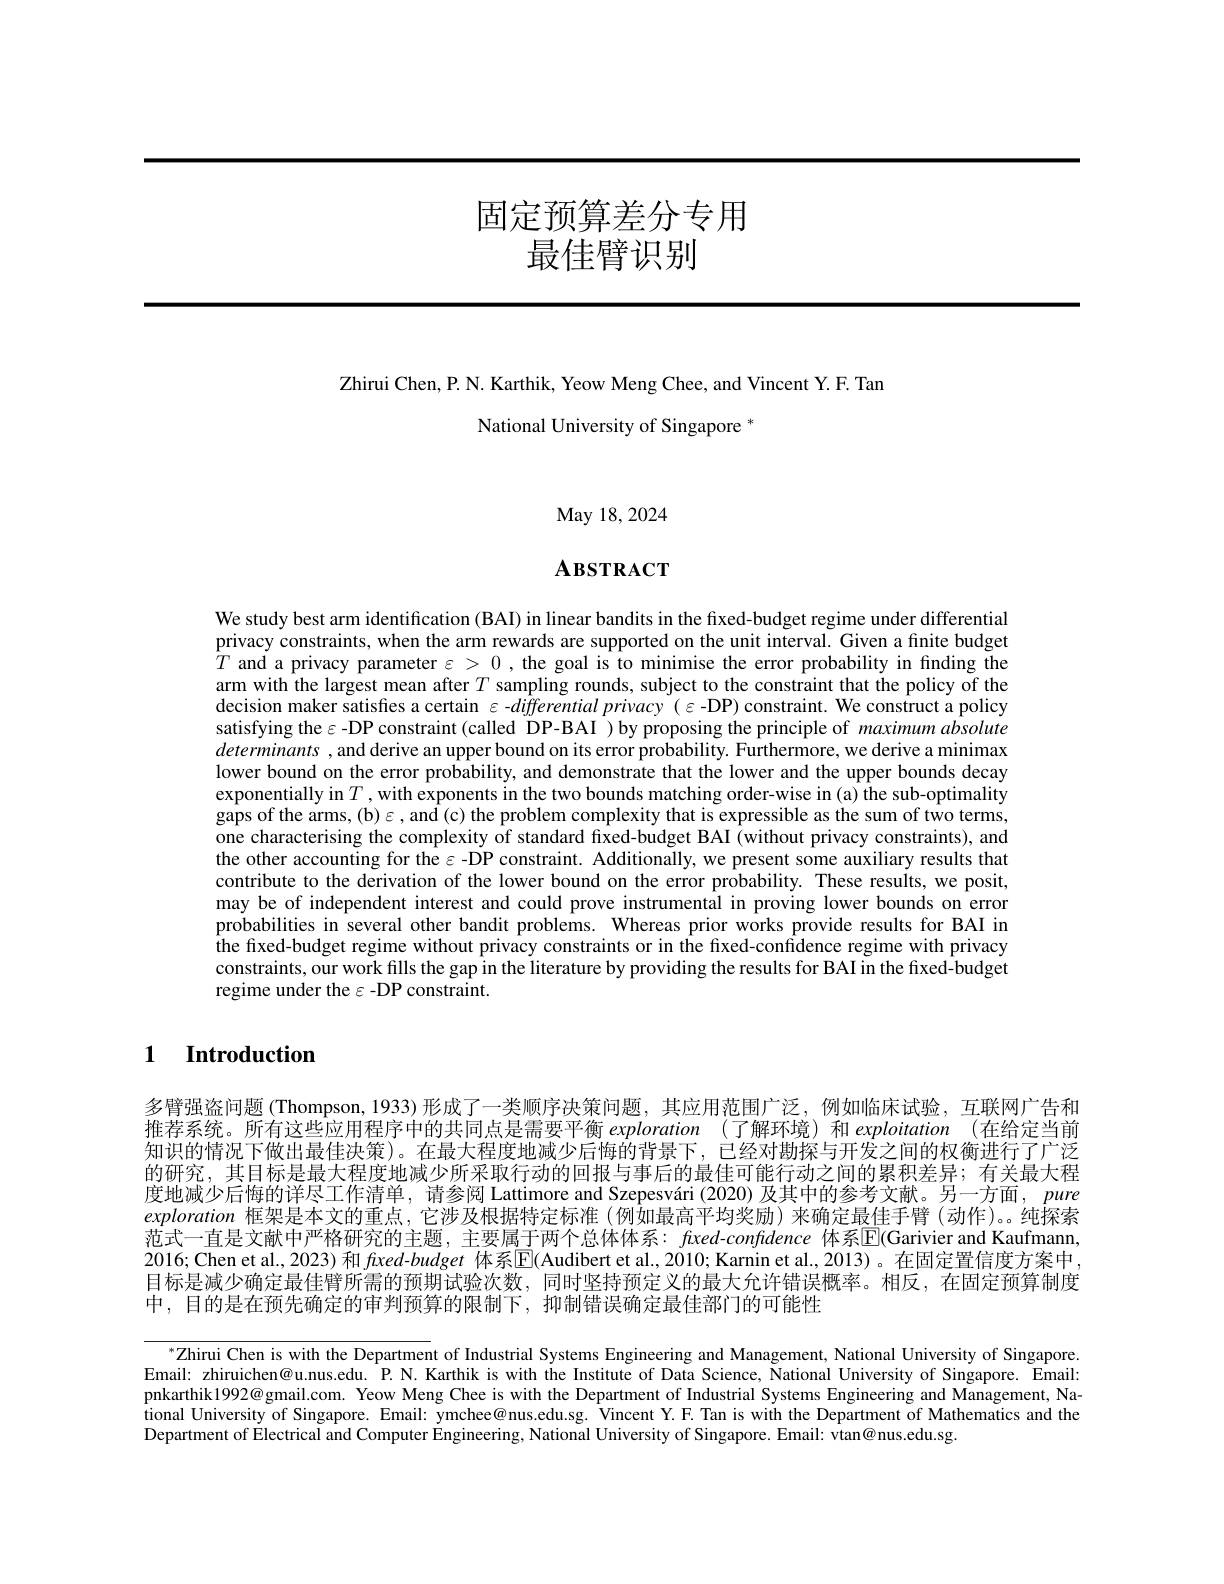
固定预算差分专用
最佳臂识别

## Zhirui Chen, P. N. Karthik, Yeow Meng Chee, and Vincent Y. F. Tan National University of Singapore $^{*}$

May 18, 2024

# $\mathbf{A}$взткаст

We study best arm identification (BAI) in linear bandits in the fixed-budget regime under differential privacy constraints, when the arm rewards are supported on the unit interval. Given a finite budget $\hat{T}$ and a privacy parameter $\varepsilon>0$, the goal is to minimise the error probability in finding the arm with the largest mean after $T$ sampling rounds, subject to the constraint that the policy of the decision maker satisfies a certain $\varepsilon$ -differential privacy ( ε-DP) constraint. We construct a policy satisfying the $\varepsilon$ -DP constraint (called DP-BAI )by proposing the principle of maximum absolute determinants , and derive an upper bound on its error probability. Furthermore, we derive a minimax lower bound on the error probability, and demonstrate that the lower and the upper bounds decay exponentially in $T,with$ exponents in the two bounds matching order-wise in (a) the sub-optimality gaps of the arms, (b) $\varepsilon$,and (c) the problem complexity that is expressible as the sum of two terms, one characterising the complexity of standard fixed-budget BAI (without privacy constraints), and the other accounting for the $\varepsilon$ -DP constraint. Additionally, we present some auxiliary results that contribute to the derivation of the lower bound on the error probability. These results, we posit, may be of independent interest and could prove instrumental in proving lower bounds on error probabilities in several other bandit problems. Whereas prior works provide results for BAI in the fixed-budget regime without privacy constraints or in the fixed-confidence regime with privacy constraints, our work fills the gap in the literature by providing the results for BAI in the fixed-budget regime under the $\varepsilon$ -DP constraint.

1 Introduction

多臂强盗问题 (Thompson, 1933) 形成了一类顺序决策问题，其应用范围广泛，例如临床试验，互联网广告和推荐系统。所有这些应用程序中的共同点是需要平衡 exploration (了解环境)和 exploitation (在给定当前知识的情况下做出最佳决策)。在最大程度地减少后悔的背景下，已经对勘探与开发之间的权衡进行了广泛的研究，其目标是最大程度地减少所采取行动的回报与事后的最佳可能行动之间的累积差异；有关最大程度地减少后悔的详尽工作清单，请参阅 Lattimore and Szepesvári (2020) 及其中的参考文献。另一方面，pure exploration框架是本文的重点，它涉及根据特定标准(例如最高平均奖励)来确定最佳手臂(动作)。纯探索范式一直是文献中严格研究的主题，主要属于两个总体体系：faxed-confidence 体系$\overline{\mathrm{E}}($Garivier and Kaufmann, 2016; Chen et al.,2023)和 $fxed-budget$ 体系$\mathbb{E}($Audibert et al.,2010; Karnin et al., 2013)。在固定置信度方案中目标是减少确定最佳臂所需的预期试验次数，同时坚持预定义的最大允许错误概率。相反，在固定预算制度中，目的是在预先确定的审判预算的限制下，抑制错误确定最佳部门的可能性

$^{*}$Zhirui Chen is with the Department of Industrial Systems Engineering and Management, National University of Singapore Email: zhiruichen@u.nus.edu. P. N. Karthik is with the Institute of Data Science, National University of Singapore. Email! pnkarthik1992@gmail.com. Yeow Meng Chee is with the Department of Industrial Systems Engineering and Management, National University of Singapore. Email: ymchee@nus.edu.sg. Vincent Y.F. Tan is with the Department of Mathematics and the Department of Electrical and Computer Engineering, National University of Singapore. Email: vtan@nus.edu.sg.